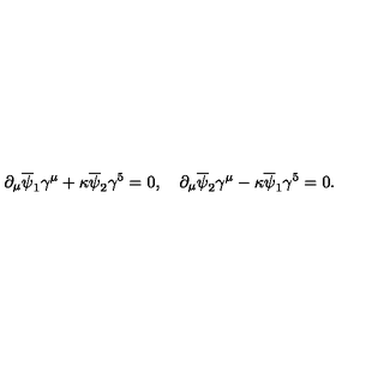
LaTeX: \partial _ { \mu } \overline { \psi } _ { 1 } \gamma ^ { \mu } + \kappa \overline { \psi } _ { 2 } \gamma ^ { 5 } = 0 , \quad \partial _ { \mu } \overline { \psi } _ { 2 } \gamma ^ { \mu } - \kappa \overline { \psi } _ { 1 } \gamma ^ { 5 } = 0 .